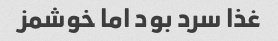
غذا سرد بود اما خوشمز